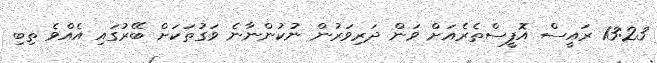
13:23 ރައީސް އޮފީސްތެރެއަށް ވަން ދަރިވަރުން ނުކުންނާނެ ވަގުތަކަށް ބޭރުގައި އެއްވެ ތިބި